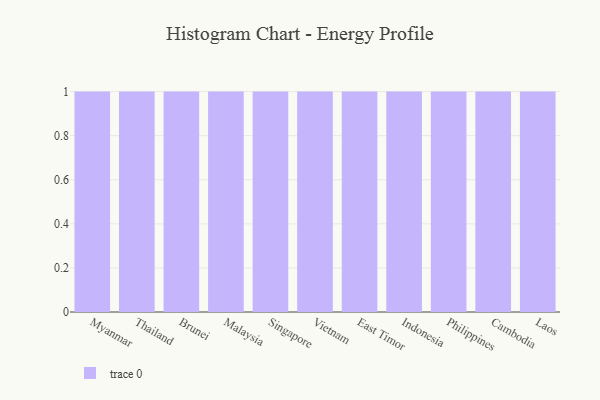
{"axis": {"x": "Country", "y": "Backlog"}, "legend": [""], "data": [{"x": "Myanmar", "y": 30, "type": ""}, {"x": "Thailand", "y": 10, "type": ""}, {"x": "Brunei", "y": 21, "type": ""}, {"x": "Malaysia", "y": 76, "type": ""}, {"x": "Singapore", "y": 44, "type": ""}, {"x": "Vietnam", "y": 48, "type": ""}, {"x": "East Timor", "y": 50, "type": ""}, {"x": "Indonesia", "y": 37, "type": ""}, {"x": "Philippines", "y": 1, "type": ""}, {"x": "Cambodia", "y": 96, "type": ""}, {"x": "Laos", "y": 87, "type": ""}]}